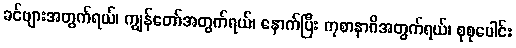
ခင်ဗျားအတွက်ရယ်၊ ကျွန်တော်အတွက်ရယ်၊ နောက်ပြီး ကုစာနာဂိအတွက်ရယ်၊ စုစုပေါင်း